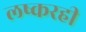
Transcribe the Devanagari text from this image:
लष्करही